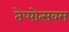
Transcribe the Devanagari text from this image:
तेप्पोत्सवम